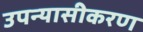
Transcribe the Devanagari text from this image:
उपन्‍यासीकरण